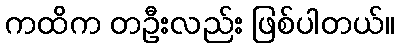
ကထိက တဦးလည်း ဖြစ်ပါတယ်။